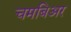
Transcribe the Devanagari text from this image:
चमबिअर